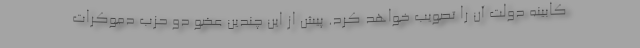
کابینه دولت آن را تصویب خواهد کرد. پیش از این چندین عضو دو حزب دموکرات